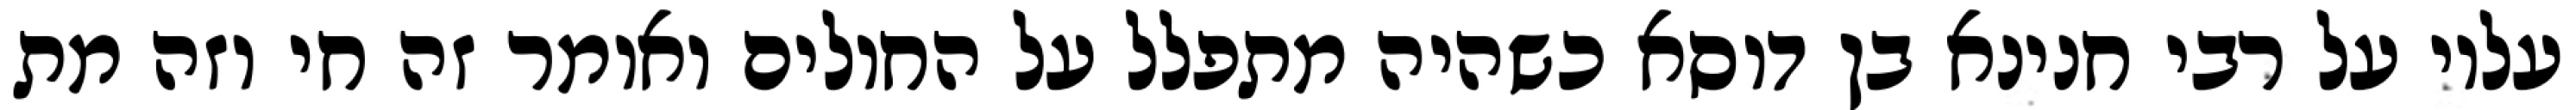
עליו על רבי חנינא בן דוסא כשהיה מתפלל על החולים ואומר זה חי וזה מת